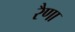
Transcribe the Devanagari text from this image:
रैणा